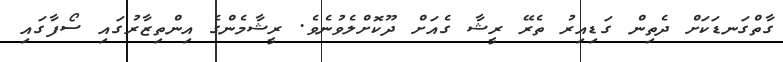
ގާތްގަނޑަކަށް ދެތިން ގަޑިއިރު ތެރޭ ރީޝާ ގެއަށް ދޫކޮށްލެވުނެވެ. ރީޝާމެންގެ އިންތިޒާރުގައި ސޯފާގައި